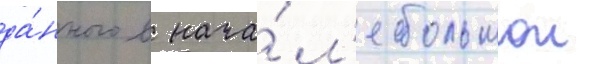
да́нного в нача́л'е большои